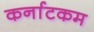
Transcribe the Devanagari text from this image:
कर्नाटकम